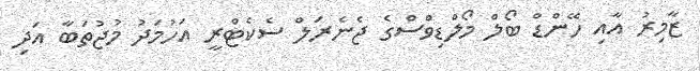
ޒާމިރު އާއި ހޭންޑް ބޯލް މޯލްޑިވްސްގެ ޖެނެރަލް ސެކެޓްރީ އަހުމަދު މުޖުތަބާ އަދި